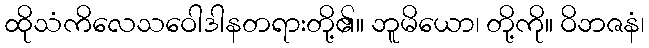
ထိုသံကိလေသဝေါဒါနတရားတို့၏။ ဘူမိယော၊ တို့ကို။ ဝိဘဇနံ၊